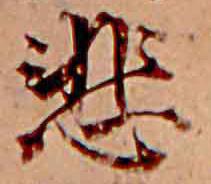
悲